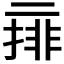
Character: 𠄽